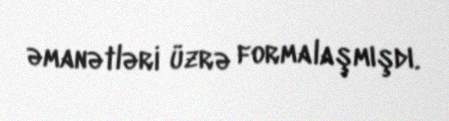
əmanətləri üzrə formalaşmışdı.